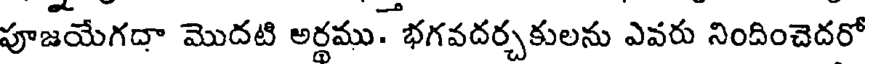
పూజయేగదా మొదటి అర్ధము. భగవదర్చకులను ఎవరు నిందించెదరో